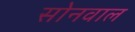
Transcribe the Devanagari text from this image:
सोनवाल